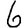
Digit: 6